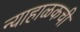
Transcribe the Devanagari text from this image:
न्याहाळकची